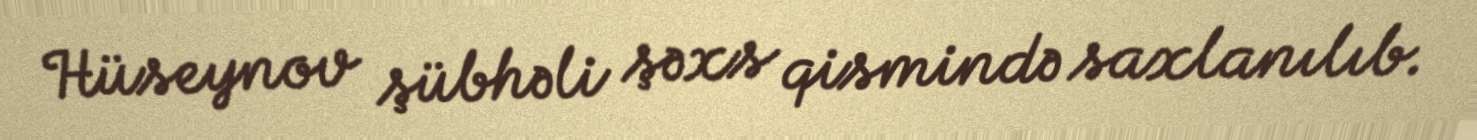
Hüseynov şübhəli şəxs qismində saxlanılıb.